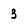
Character: 3